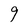
Character: 9